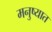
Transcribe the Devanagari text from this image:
मनुष्यात